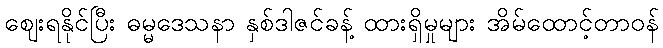
ဈေးရနိုင်ပြီး ဓမ္မဒေသနာ နှစ်ဒါဇင်ခန့် ထားရှိမှုများ အိမ်ထောင့်တာဝန်